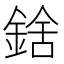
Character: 𨨝